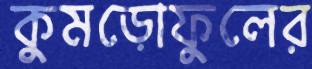
কুমড়োফুলের